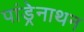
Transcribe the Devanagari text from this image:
पांड्रेनाथन